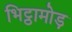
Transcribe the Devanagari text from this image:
भिट्ठामोड़